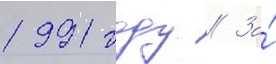
1991 году // За́